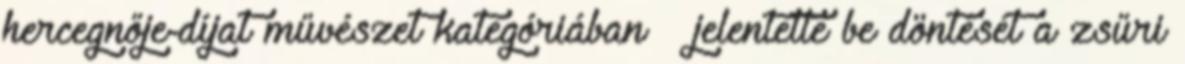
hercegnője-díjat művészet kategóriában – jelentette be döntését a zsűri